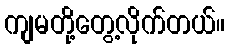
ကျမတို့တွေ့လိုက်တယ်။